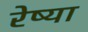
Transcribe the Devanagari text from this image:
रेष्या